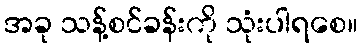
အခု သန့်စင်ခန်းကို သုံးပါရစေ။